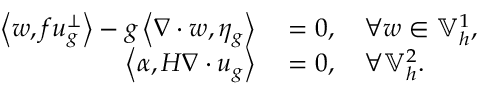
\begin{array} { r l } { \left\langle w , f u _ { g } ^ { \perp } \right\rangle - g \left\langle \nabla \cdot w , \eta _ { g } \right\rangle } & { { } = 0 , \quad \forall w \in \mathbb { V } _ { h } ^ { 1 } , } \\ { \left\langle \alpha , H \nabla \cdot u _ { g } \right\rangle } & { { } = 0 , \quad \forall \mathbb { V } _ { h } ^ { 2 } . } \end{array}